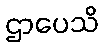
ဌာပေသိ